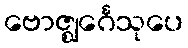
ဗောဇ္ဈင်္ဂေသုပေ